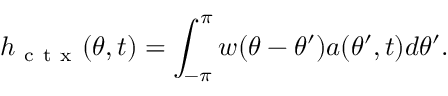
h _ { \mathrm { ~ c ~ t ~ x ~ } } ( \theta , t ) = \int _ { - \pi } ^ { \pi } w ( \theta - \theta ^ { \prime } ) a ( \theta ^ { \prime } , t ) d \theta ^ { \prime } .